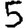
Digit: 5